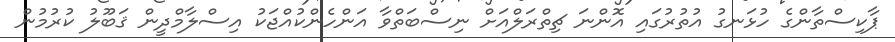
ޕާކިސްތާންގެ ހުޅަނގު އުތުރުގައި އޮންނަ ޗިތްރަލްއަށް ނިސްބަތްވާ އަންހެންކުއްޖަކު އިސްލާމްދީން ޤަބޫލު ކުރުމުން